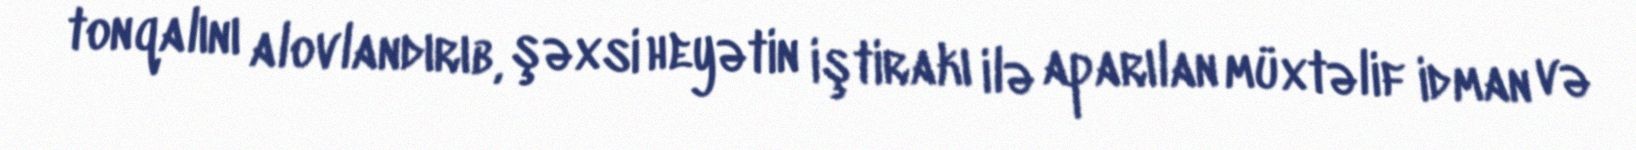
tonqalını alovlandırıb, şəxsi heyətin iştirakı ilə aparılan müxtəlif idman və